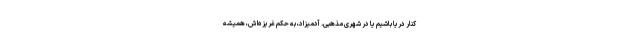
کنار دریا باشیم یا در شهری مذهبی. آدمیزاد، به حکم غریزه‌اش، همیشه